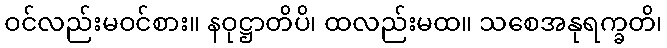
ဝင်လည်းမဝင်စား။ နဝုဋ္ဌာတိပိ၊ ထလည်းမထ။ သစေအနုရက္ခတိ၊